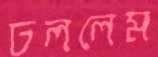
ঢললেম